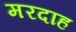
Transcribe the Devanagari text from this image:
मरदाह